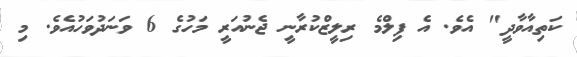
ކަތިއާވާދީ" އެވެ. އެ ފިލްމެ ރިލީޒްކުރާނީ ޖެނުއަރީ މަހުގެ 6 ވަނަދުވަހުއެވެ. މި